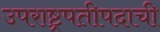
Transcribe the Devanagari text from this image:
उपराष्ट्रपतीपदाची